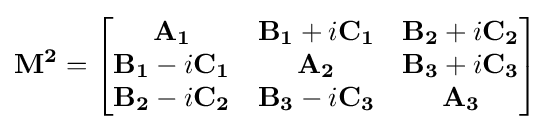
\mathbf {M^{2}} ={\begin{bmatrix}\mathbf {A_{1}} &\mathbf {B_{1}} +i\mathbf {C_{1}} &\mathbf {B_{2}} +i\mathbf {C_{2}} \\\mathbf {B_{1}} -i\mathbf {C_{1}} &\mathbf {A_{2}} &\mathbf {B_{3}} +i\mathbf {C_{3}} \\\mathbf {B_{2}} -i\mathbf {C_{2}} &\mathbf {B_{3}} -i\mathbf {C_{3}} &\mathbf {A_{3}} \end{bmatrix}}